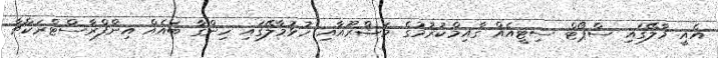
އެއީ މާލޭގައި ސްޕޯޓް ސިޓީއެއް ގާއިމްކުރުމުގެ މަޝްރޫއާއި ހުޅުމާލޭގައި ހިންގާ ބައެއް އިންފްރާސްޓްރަކްޗާ